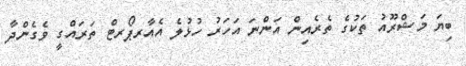
ބިޔަ މަޝްރޫއު ތަކުގެ ތެރެއިން އަންނަ އަހަރު ހުޅުލެ އެއާރޕޯރޓް ތަރައްގީ ވެގެންދާ